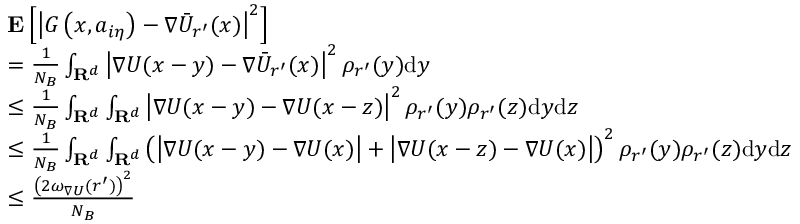
\begin{array} { r l } & { \mathbf { E } \left[ \left| { G } \left( x , a _ { i \eta } \right) - \nabla \Bar { U } _ { r ^ { \prime } } ( x ) \right| ^ { 2 } \right] } \\ & { = \frac { 1 } { N _ { B } } \int _ { \mathbf { R } ^ { d } } \left| \nabla U ( x - y ) - \nabla \Bar { U } _ { r ^ { \prime } } ( x ) \right| ^ { 2 } \rho _ { r ^ { \prime } } ( y ) \mathrm { d } y } \\ & { \le \frac { 1 } { N _ { B } } \int _ { \mathbf { R } ^ { d } } \int _ { \mathbf { R } ^ { d } } \left| \nabla U ( x - y ) - \nabla U ( x - z ) \right| ^ { 2 } \rho _ { r ^ { \prime } } ( y ) \rho _ { r ^ { \prime } } ( z ) \mathrm { d } y \mathrm { d } z } \\ & { \le \frac { 1 } { N _ { B } } \int _ { \mathbf { R } ^ { d } } \int _ { \mathbf { R } ^ { d } } \left( \left| \nabla U ( x - y ) - \nabla U ( x ) \right| + \left| \nabla U ( x - z ) - \nabla U ( x ) \right| \right) ^ { 2 } \rho _ { r ^ { \prime } } ( y ) \rho _ { r ^ { \prime } } ( z ) \mathrm { d } y \mathrm { d } z } \\ & { \le \frac { \left( 2 \omega _ { \nabla U } ( r ^ { \prime } ) \right) ^ { 2 } } { N _ { B } } } \end{array}